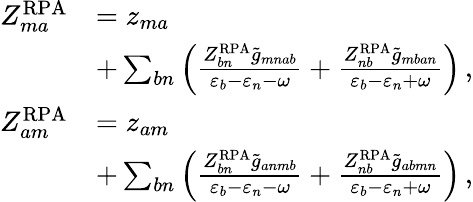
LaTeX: \begin{array}{rl}{Z_{ma}^{\mathrm{RPA}}}&{=z_{ma}}\\ &{+\sum_{bn}\left(\frac{Z_{bn}^{\mathrm{RPA}}\tilde{g}_{mnab}}{\varepsilon_{b}-\varepsilon_{n}-\omega}+\frac{Z_{nb}^{\mathrm{RPA}}\tilde{g}_{mban}}{\varepsilon_{b}-\varepsilon_{n}+\omega}\right)\, ,}\\ {Z_{am}^{\mathrm{RPA}}}&{=z_{am}}\\ &{+\sum_{bn}\left(\frac{Z_{bn}^{\mathrm{RPA}}\tilde{g}_{anmb}}{\varepsilon_{b}-\varepsilon_{n}-\omega}+\frac{Z_{nb}^{\mathrm{RPA}}\tilde{g}_{abmn}}{\varepsilon_{b}-\varepsilon_{n}+\omega}\right)\, ,}\end{array}